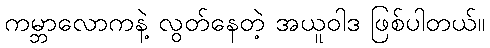
ကမ္ဘာလောကနဲ့ လွတ်နေတဲ့ အယူဝါဒ ဖြစ်ပါတယ်။